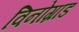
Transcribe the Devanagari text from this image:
विनोग्राड